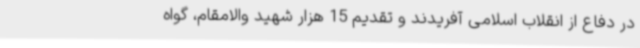
در دفاع از انقلاب اسلامی آفریدند و تقدیم 15 هزار شهید والامقام، گواه